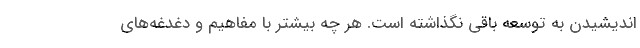
اندیشیدن به توسعه باقی نگذاشته است. هر چه بیشتر با مفاهیم و دغدغه‌های